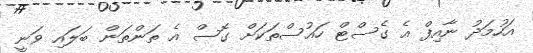
އަހުމަދު ނާއިފް އެ ގެސްޓް ހައުސްތަކަށް ގޮސް އެ ތަންތަން ބަލައި ވަނީ